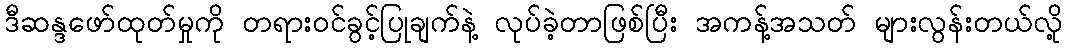
ဒီဆန္ဒဖော်ထုတ်မှုကို တရားဝင်ခွင့်ပြုချက်နဲ့ လုပ်ခဲ့တာဖြစ်ပြီး အကန့်အသတ် များလွန်းတယ်လို့